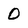
Character: O